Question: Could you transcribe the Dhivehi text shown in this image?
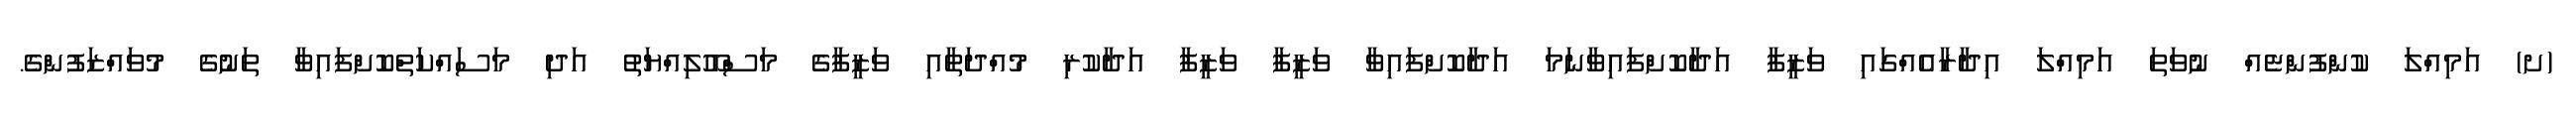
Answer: (ށ) އަމިއްލަ ކުންފުންޏެއް ނުވަތަ އަމިއްލަ އިދާރާއެއްގައި ވަޒީފާ އަދާކޮށްފައިވާނަމަ އަދާކޮށްފައިވާ ވަޒީފާ ވަޒީފާ އަދާކުރި މުއްދަތާއި ވަޒީފާގެ މަސްއޫލިއްޔަތު އަދި މަސައްކަތްކޮށްފައިވާ ތަނުގެ މުވައްޒަފުންގެ.